Report of the Indian Hemp Drugs Commission, 1894-1895 - Volume I
Year: 1894
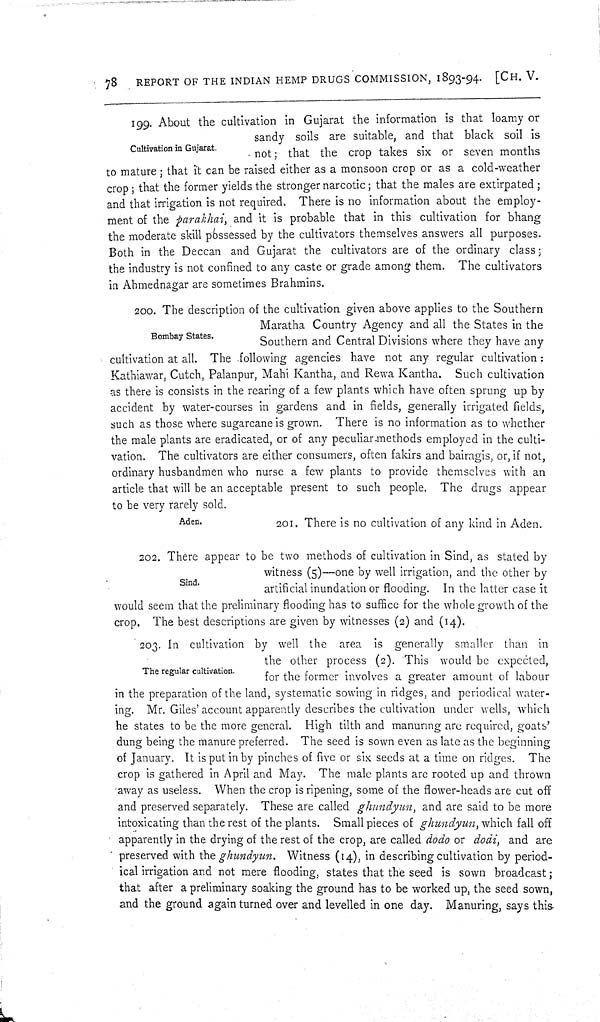
78
REPORT OF THE INDIAN HEMP DRUGS COMMISSION, 1893-94. [CH. V.
Cultivation in Gujarat.
199. About the cultivation in Gujarat the information is that loamy or
sandy soils are suitable, and that black soil is
not; that the crop takes six or seven months
to mature; that it can be raised either as a monsoon crop or as a cold-weather
crop; that the former yields the stronger narcotic; that the males are extirpated;
and that irrigation is not required. There is no information about the employ-
ment of the parakhai, and it is probable that in this cultivation for bhang
the moderate skill possessed by the cultivators themselves answers all purposes.
Both in the Deccan and Gujarat the cultivators are of the ordinary class;
the industry is not confined to any caste or grade among them. The cultivators
in Ahmednagar are sometimes Brahmins.
Bombay States.
200. The description of the cultivation given above applies to the Southern
Maratha Country Agency and all the States in the
Southern and Central Divisions where they have any
cultivation at all. The following agencies have not any regular cultivation:
Kathiawar, Cutch, Palanpur, Mahi Kantha, and Rewa Kantha. Such cultivation
as there is consists in the rearing of a few plants which have often sprung up by
accident by water-courses in gardens and in fields, generally irrigated fields,
such as those where sugarcane is grown. There is no information as to whether
the male plants are eradicated, or of any peculiar methods employed in the culti-
vation. The cultivators are either consumers, often fakirs and bairagis, or, if not,
ordinary husbandmen who nurse a few plants to provide themselves with an
article that will be an acceptable present to such people. The drugs appear
to be very rarely sold.
Aden.
201. There is no cultivation of any kind in Aden.
Sind.
202. There appear to be two methods of cultivation in Sind, as stated by
witness (5)--one by well irrigation, and the other by
artificial inundation or flooding. In the latter case it
would seem that the preliminary flooding has to suffice for the whole growth of the
crop. The best descriptions are given by witnesses (2) and (14).
The regular cultivation.
203. In cultivation by well the area is generally smaller than in
the other process (2). This would be expected,
for the former involves a greater amount of labour
in the preparation of the land, systematic sowing in ridges, and periodical water-
ing. Mr. Giles' account apparently describes the cultivation under wells, which
he states to be the more general. High tilth and manuring are required, goats'
dung being the manure preferred. The seed is sown even as late as the beginning
of January. It is put in by pinches of five or six seeds at a time on ridges. The
crop is gathered in April and May. The male plants are rooted up and thrown
away as useless. When the crop is ripening, some of the flower-heads are cut off
and preserved separately. These are called ghundyun, and are said to be more
intoxicating than the rest of the plants. Small pieces of ghundyun, which fall off
apparently in the drying of the rest of the crop, are called dodo or dodi, and are
preserved with the ghundyun.
Witness (14), in describing cultivation by period-
ical irrigation and not mere flooding, states that the seed is sown broadcast;
that after a preliminary soaking the ground has to be worked up, the seed sown,
and the ground again turned over and levelled in one day. Manuring, says this